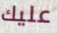
عليك